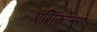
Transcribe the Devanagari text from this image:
एसिंक्रोनस